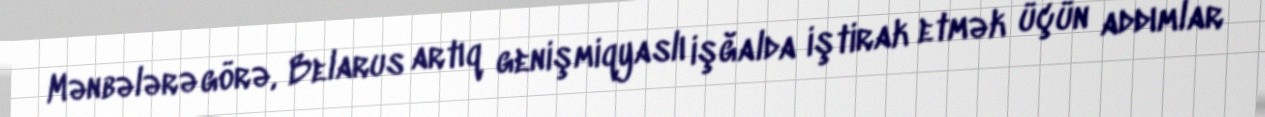
Mənbələrə görə, Belarus artıq genişmiqyaslı işğalda iştirak etmək üçün addımlar